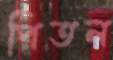
পিতল